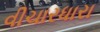
વીચારધારા